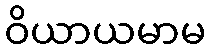
ဝိယာယမာမ